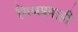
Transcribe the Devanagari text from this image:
मिश्रप्रवाही